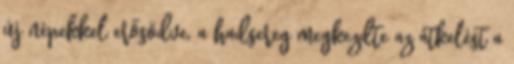
új népekkel erősödve, a hadsereg megkezdte az átkelést a